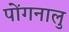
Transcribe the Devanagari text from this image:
पोंगनालु